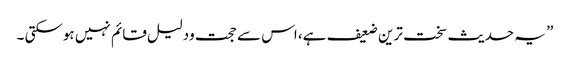
” یہ حدیث سخت ترین ضعیف ہے، اس سے حجت ودلیل قائم نہیں ہوسکتی ۔